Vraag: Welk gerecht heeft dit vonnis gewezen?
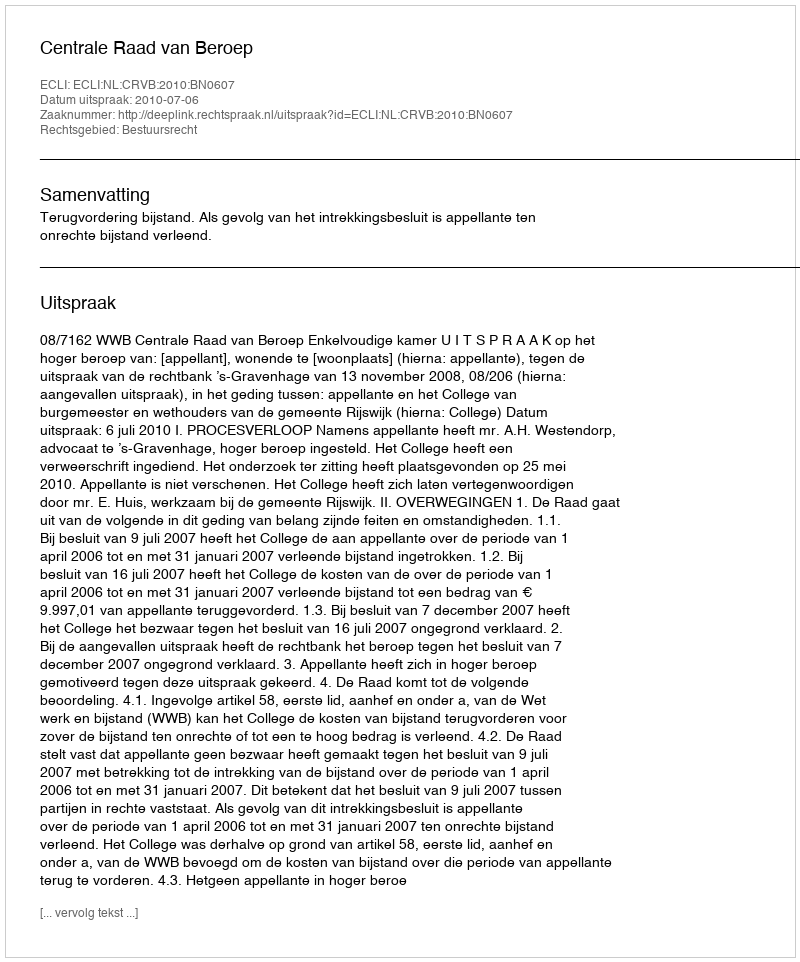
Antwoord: Centrale Raad van Beroep